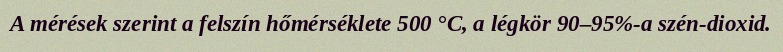
A mérések szerint a felszín hőmérséklete 500 °C, a légkör 90–95%-a szén-dioxid.